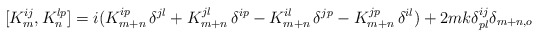
\begin{align*} [ K_m^{ij} , K_n^{lp}] = i (K_{m+n}^{ip}\, \delta ^{jl} +K_{m+n}^{jl}\, \delta ^{ip} -K_{m+n}^{il}\, \delta ^{jp}- K_{m+n}^{jp}\,\delta ^{il}) +2mk\delta_{pl} ^{ij}\delta_{m+n,o}\end{align*}